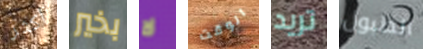
أكثر بخير لا الوقت تريد الطبول